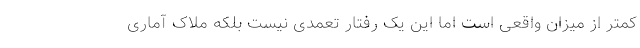
کمتر از میزان واقعی است اما این یک رفتار تعمدی نیست بلکه ملاک آماری